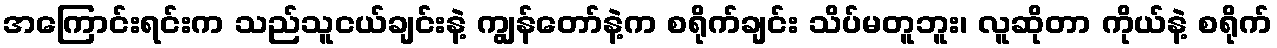
အကြောင်းရင်းက သည်သူငယ်ချင်းနဲ့ ကျွန်တော်နဲ့က စရိုက်ချင်း သိပ်မတူဘူး၊ လူဆိုတာ ကိုယ်နဲ့ စရိုက်